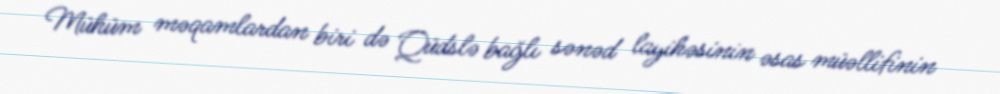
Mühüm məqamlardan biri də Qüdslə bağlı sənəd layihəsinin əsas müəllifinin